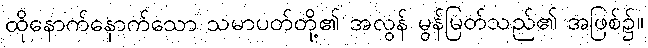
ထိုနောက်နောက်သော သမာပတ်တို့၏ အလွန် မွန်မြတ်သည်၏ အဖြစ်၌။